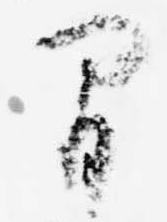
間